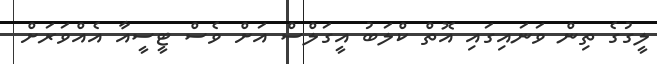
ލީގުގެ ތިން ވަނައިގައި އޮތް ކްލަބު އީގަލްސް އަށް ވެސް ޓީސީއާ އެއްވަރަށް